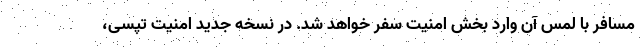
مسافر با لمس آن وارد بخش امنیت سفر خواهد شد. در نسخه جدید امنیت تپسی،